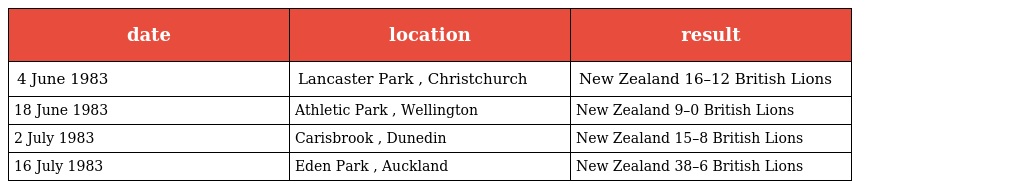
| date | location | result |
 | --- | --- | --- |
 | 4 June 1983 | Lancaster Park , Christchurch | New Zealand 16–12 British Lions |
 | 18 June 1983 | Athletic Park , Wellington | New Zealand 9–0 British Lions |
 | 2 July 1983 | Carisbrook , Dunedin | New Zealand 15–8 British Lions |
 | 16 July 1983 | Eden Park , Auckland | New Zealand 38–6 British Lions |